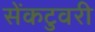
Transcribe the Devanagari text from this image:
सेंकटुवरी